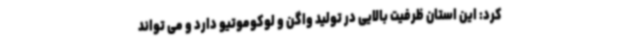
کرد: این استان ظرفیت بالایی در تولید واگن و لوکوموتیو دارد و می تواند